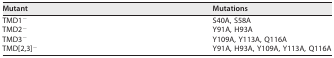
<table><thead><tr><td><b>Mutant</b></td><td><b>Mutations</b></td></tr></thead><tbody><tr><td>TMD1<sup>−</sup></td><td>S40A, S58A</td></tr><tr><td>TMD2<sup>−</sup></td><td>Y91A, H93A</td></tr><tr><td>TMD3<sup>−</sup></td><td>Y109A, Y113A, Q116A</td></tr><tr><td>TMD[2,3]<sup>−</sup></td><td>Y91A, H93A, Y109A, Y113A, Q116A</td></tr></tbody></table>